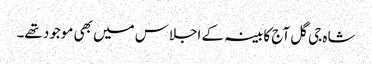
شاہ جی گل آج کابینہ کے اجلاس میں بھی موجود تھے۔